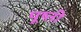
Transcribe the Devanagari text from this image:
पूष्ती